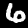
Digit: 6